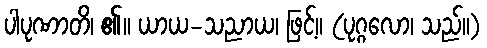
ပါပုဏာတိ၊ ၏။ ယာယ-သညာယ၊ ဖြင့်။ (ပုဂ္ဂလော၊ သည်။)